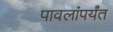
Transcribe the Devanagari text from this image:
पावलांपर्यंत